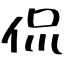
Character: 侃